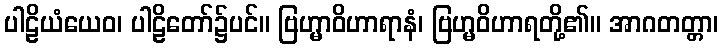
ပါဠိယံယေဝ၊ ပါဠိတော်၌ပင်။ ဗြဟ္မာဝိဟာရာနံ၊ ဗြဟ္မဝိဟာရတို့၏။ အာဂတတ္တာ၊